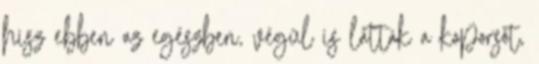
hisz ebben az egészben, végül is látták a koporsót,